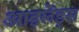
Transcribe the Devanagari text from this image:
आइलेंड्स